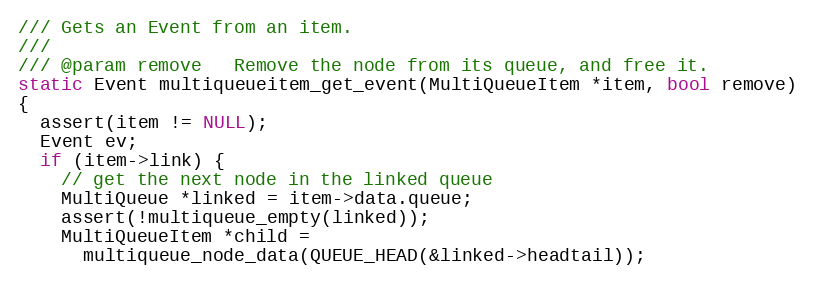
Language: C
/// Gets an Event from an item.
///
/// @param remove   Remove the node from its queue, and free it.
static Event multiqueueitem_get_event(MultiQueueItem *item, bool remove)
{
  assert(item != NULL);
  Event ev;
  if (item->link) {
    // get the next node in the linked queue
    MultiQueue *linked = item->data.queue;
    assert(!multiqueue_empty(linked));
    MultiQueueItem *child =
      multiqueue_node_data(QUEUE_HEAD(&linked->headtail));